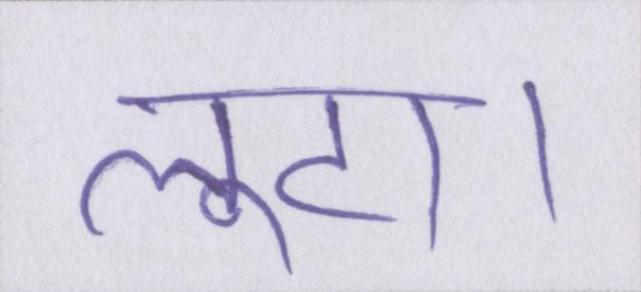
लूटा।